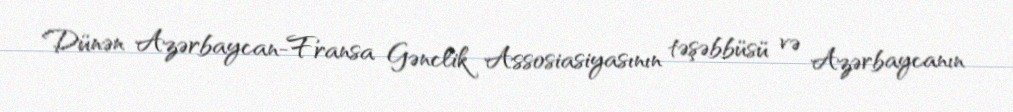
Dünən Azərbaycan-Fransa Gənclik Assosiasiyasının təşəbbüsü və Azərbaycanın